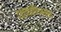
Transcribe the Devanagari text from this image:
दक्षयज्ञविध्वसंक